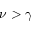
\nu > \gamma